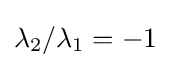
\lambda _{2}/\lambda _{1}=-1